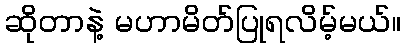
ဆိုတာနဲ့ မဟာမိတ်ပြုရလိမ့်မယ်။